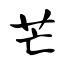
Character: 芒